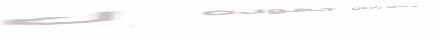
مصنع الأخشاب يكرس جهوده ل